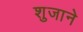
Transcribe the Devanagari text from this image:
शुजाने